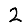
Digit: 2